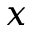
x